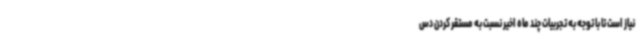
نیاز است تا با توجه به تجربیات چند ماه اخیر نسبت به مستقر کردن دس